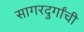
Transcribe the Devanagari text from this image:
सागरदुर्गांची